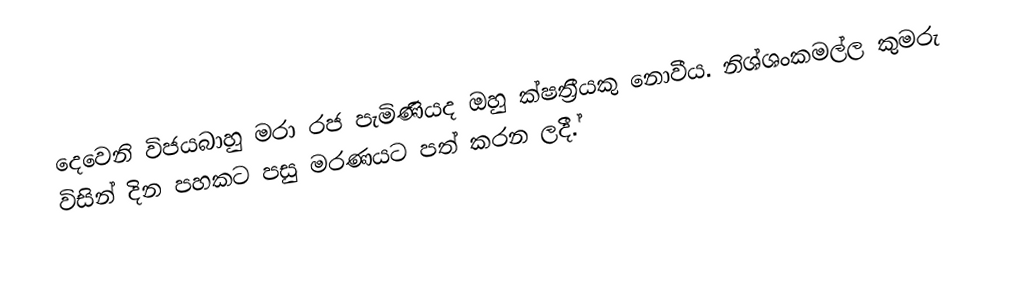
දෙවෙනි විජයබාහු මරා රජ පැමිණියද ඔහු ක්ෂත්‍රීයකු නොවීය. නිශ්ශංකමල්ල කුමරු විසින් දින පහකට පසු මරණයට පත් කරන ලදී.්